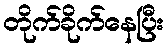
တိုက်ခိုက်နေပြီး